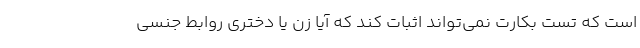
است که تست بکارت نمی‌تواند اثبات کند که آیا زن یا دختری روابط جنسی